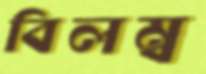
বিলম্ব